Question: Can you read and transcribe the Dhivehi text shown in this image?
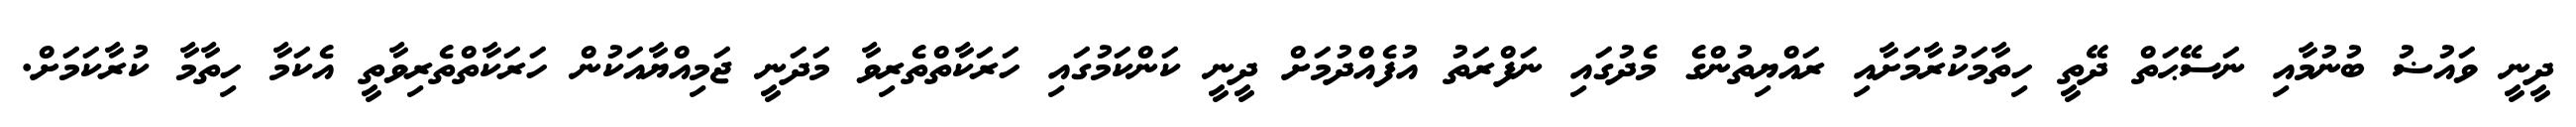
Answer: ދީނީ ވައުޟު ބުނުމާއި ނަސޭޙަތް ދޭތީ ހިތާމަކުރާމަށާއި ރައްޔިތުންގެ މެދުގައި ނަފްރަތު އުފެއްދުމަށް ދީނީ ކަންކަމުގައި ހަރަކާތްތެރިވާ މަދަނީ ޖަމިއްޔާއަކުން ހަރަކާތްތެރިވާތީ އެކަމާ ހިތާމާ ކުރާކަމަށް.